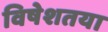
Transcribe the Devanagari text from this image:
विषेशतया